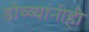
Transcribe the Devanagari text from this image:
डोळ्यांनीही